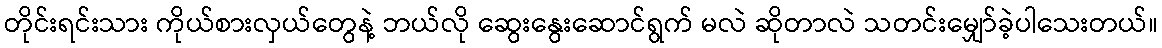
တိုင်းရင်းသား ကိုယ်စားလှယ်တွေနဲ့ ဘယ်လို ဆွေးနွေးဆောင်ရွက် မလဲ ဆိုတာလဲ သတင်းမျှော်ခဲ့ပါသေးတယ်။